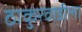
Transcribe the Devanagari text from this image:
ठाकुरवाडीला